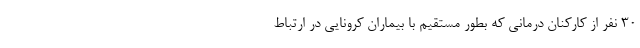
۳۰ نفر از کارکنان درمانی که بطور مستقیم با بیماران کرونایی در ارتباط